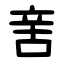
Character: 㖖